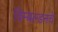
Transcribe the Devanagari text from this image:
विम्बल्डनचे